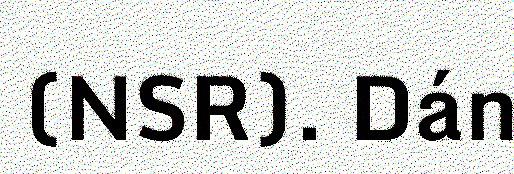
(NSR). Dán